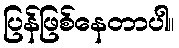
ပြန်ဖြစ်နေတာပါ။